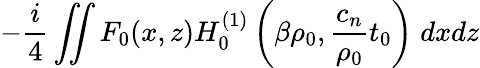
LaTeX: -\frac{i}{4}\iint F_{0}(x,z)H_{0}^{(1)}\left(\beta\rho_{0},\frac{c_{n}}{\rho_{0}}t_{0}\right)\; dxdz